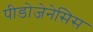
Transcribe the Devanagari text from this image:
पीडोजेनेसिस